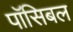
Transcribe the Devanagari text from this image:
पॉसिबल